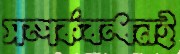
সম্পর্কবন্ধনই